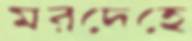
মরদেহে